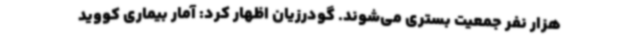
هزار نفر جمعیت بستری می‌شوند. گودرزیان اظهار کرد: آمار بیماری کووید